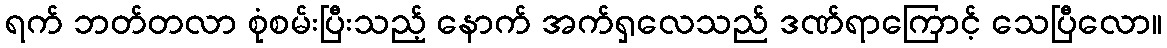
ရက် ဘတ်တလာ စုံစမ်းပြီးသည့် နောက် အက်ရှလေသည် ဒဏ်ရာကြောင့် သေပြီလော။